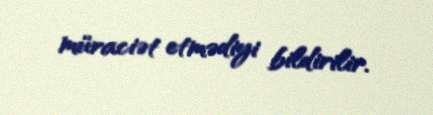
müraciət etmədiyi bildirilir.